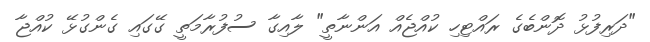
"ދަރިފުޅު ދޮންބެގެ ރައްޓިހި ކުއްޖެއް އަންނާތީ" ލާއިގާ ސުފުރާމަތީ ގޭގައި ގެންގުޅޭ ކުއްޖާ